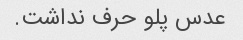
عدس پلو حرف نداشت.